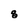
Character: 8